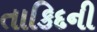
તાકિદની